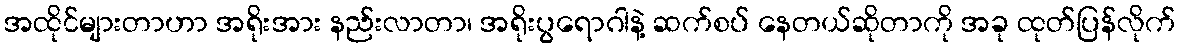
အထိုင်များတာဟာ အရိုးအား နည်းလာတာ၊ အရိုးပွရောဂါနဲ့ ဆက်စပ် နေတယ်ဆိုတာကို အခု ထုတ်ပြန်လိုက်